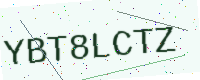
Text: YBT8LCTZ